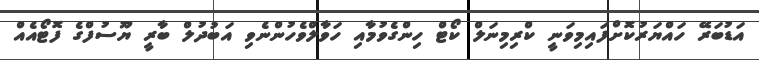
އަޑުބަރޭ ހައްޔަރުކޮށްފައިމިވަނީ ކްރިމިނަލް ކޯޓް ހިންގެވުމާއި ހަވާލްވެހުންނެވި އަބުދުލް ބާރީ ޔޫސުފްގެ ފޮޓޯއެއް